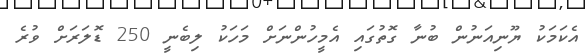
އެކަމަކު ޔޫނިއަނުން ބުނާ ގޮތުގައި އެމީހުންނަށް މަހަކު ލިބެނީ 250 ޑޮލަރަށް ވުރެ